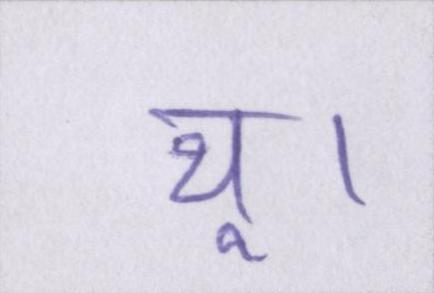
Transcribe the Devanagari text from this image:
थू।